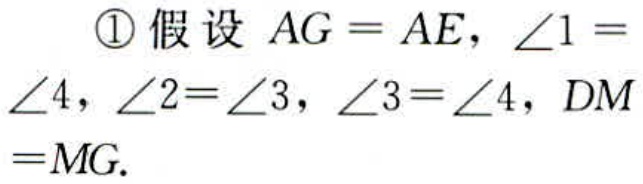
\textcircled{1}假设 \(AG = AE\)，\(\angle1 = \angle4\)，\(\angle2=\angle3\)，\(\angle3 = \angle4\)，\(DM =MG\).